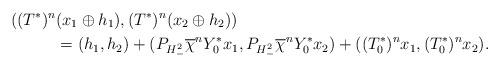
LaTeX: \begin{align*} ((T^*)^n & (x_1\oplus h_1), (T^*)^n(x_2\oplus h_2))\\ & = (h_1,h_2)+(P_{H^2_-}\overline\chi^n Y_0^*x_1,P_{H^2_-}\overline\chi^n Y_0^*x_2)+((T_0^*)^nx_1,(T_0^*)^nx_2).\end{align*}